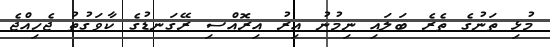
މުޅި ތަނުގެ ތެރެ ބަލައި ނިމުނު އިރު އިރޮއްސި ރޭގަނޑުގެ ކާވަގުތު ޖެހިއްޖެ